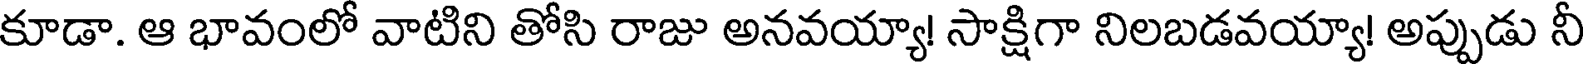
కూడా. ఆ భావంలో వాటిని తోసి రాజు అనవయ్యా! సాక్షిగా నిలబడవయ్యా! అప్పుడు నీ